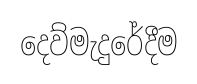
දෙව්මැදුරේදීම